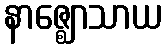
နာဇ္ဈောသာယ